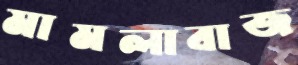
মামলাবাজ